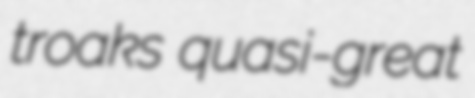
troaks quasi-great